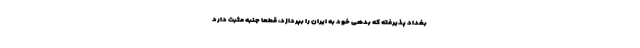
بغداد پذیرفته که بدهی خود به ایران را بپردازد، قطعا جنبه مثبت دارد